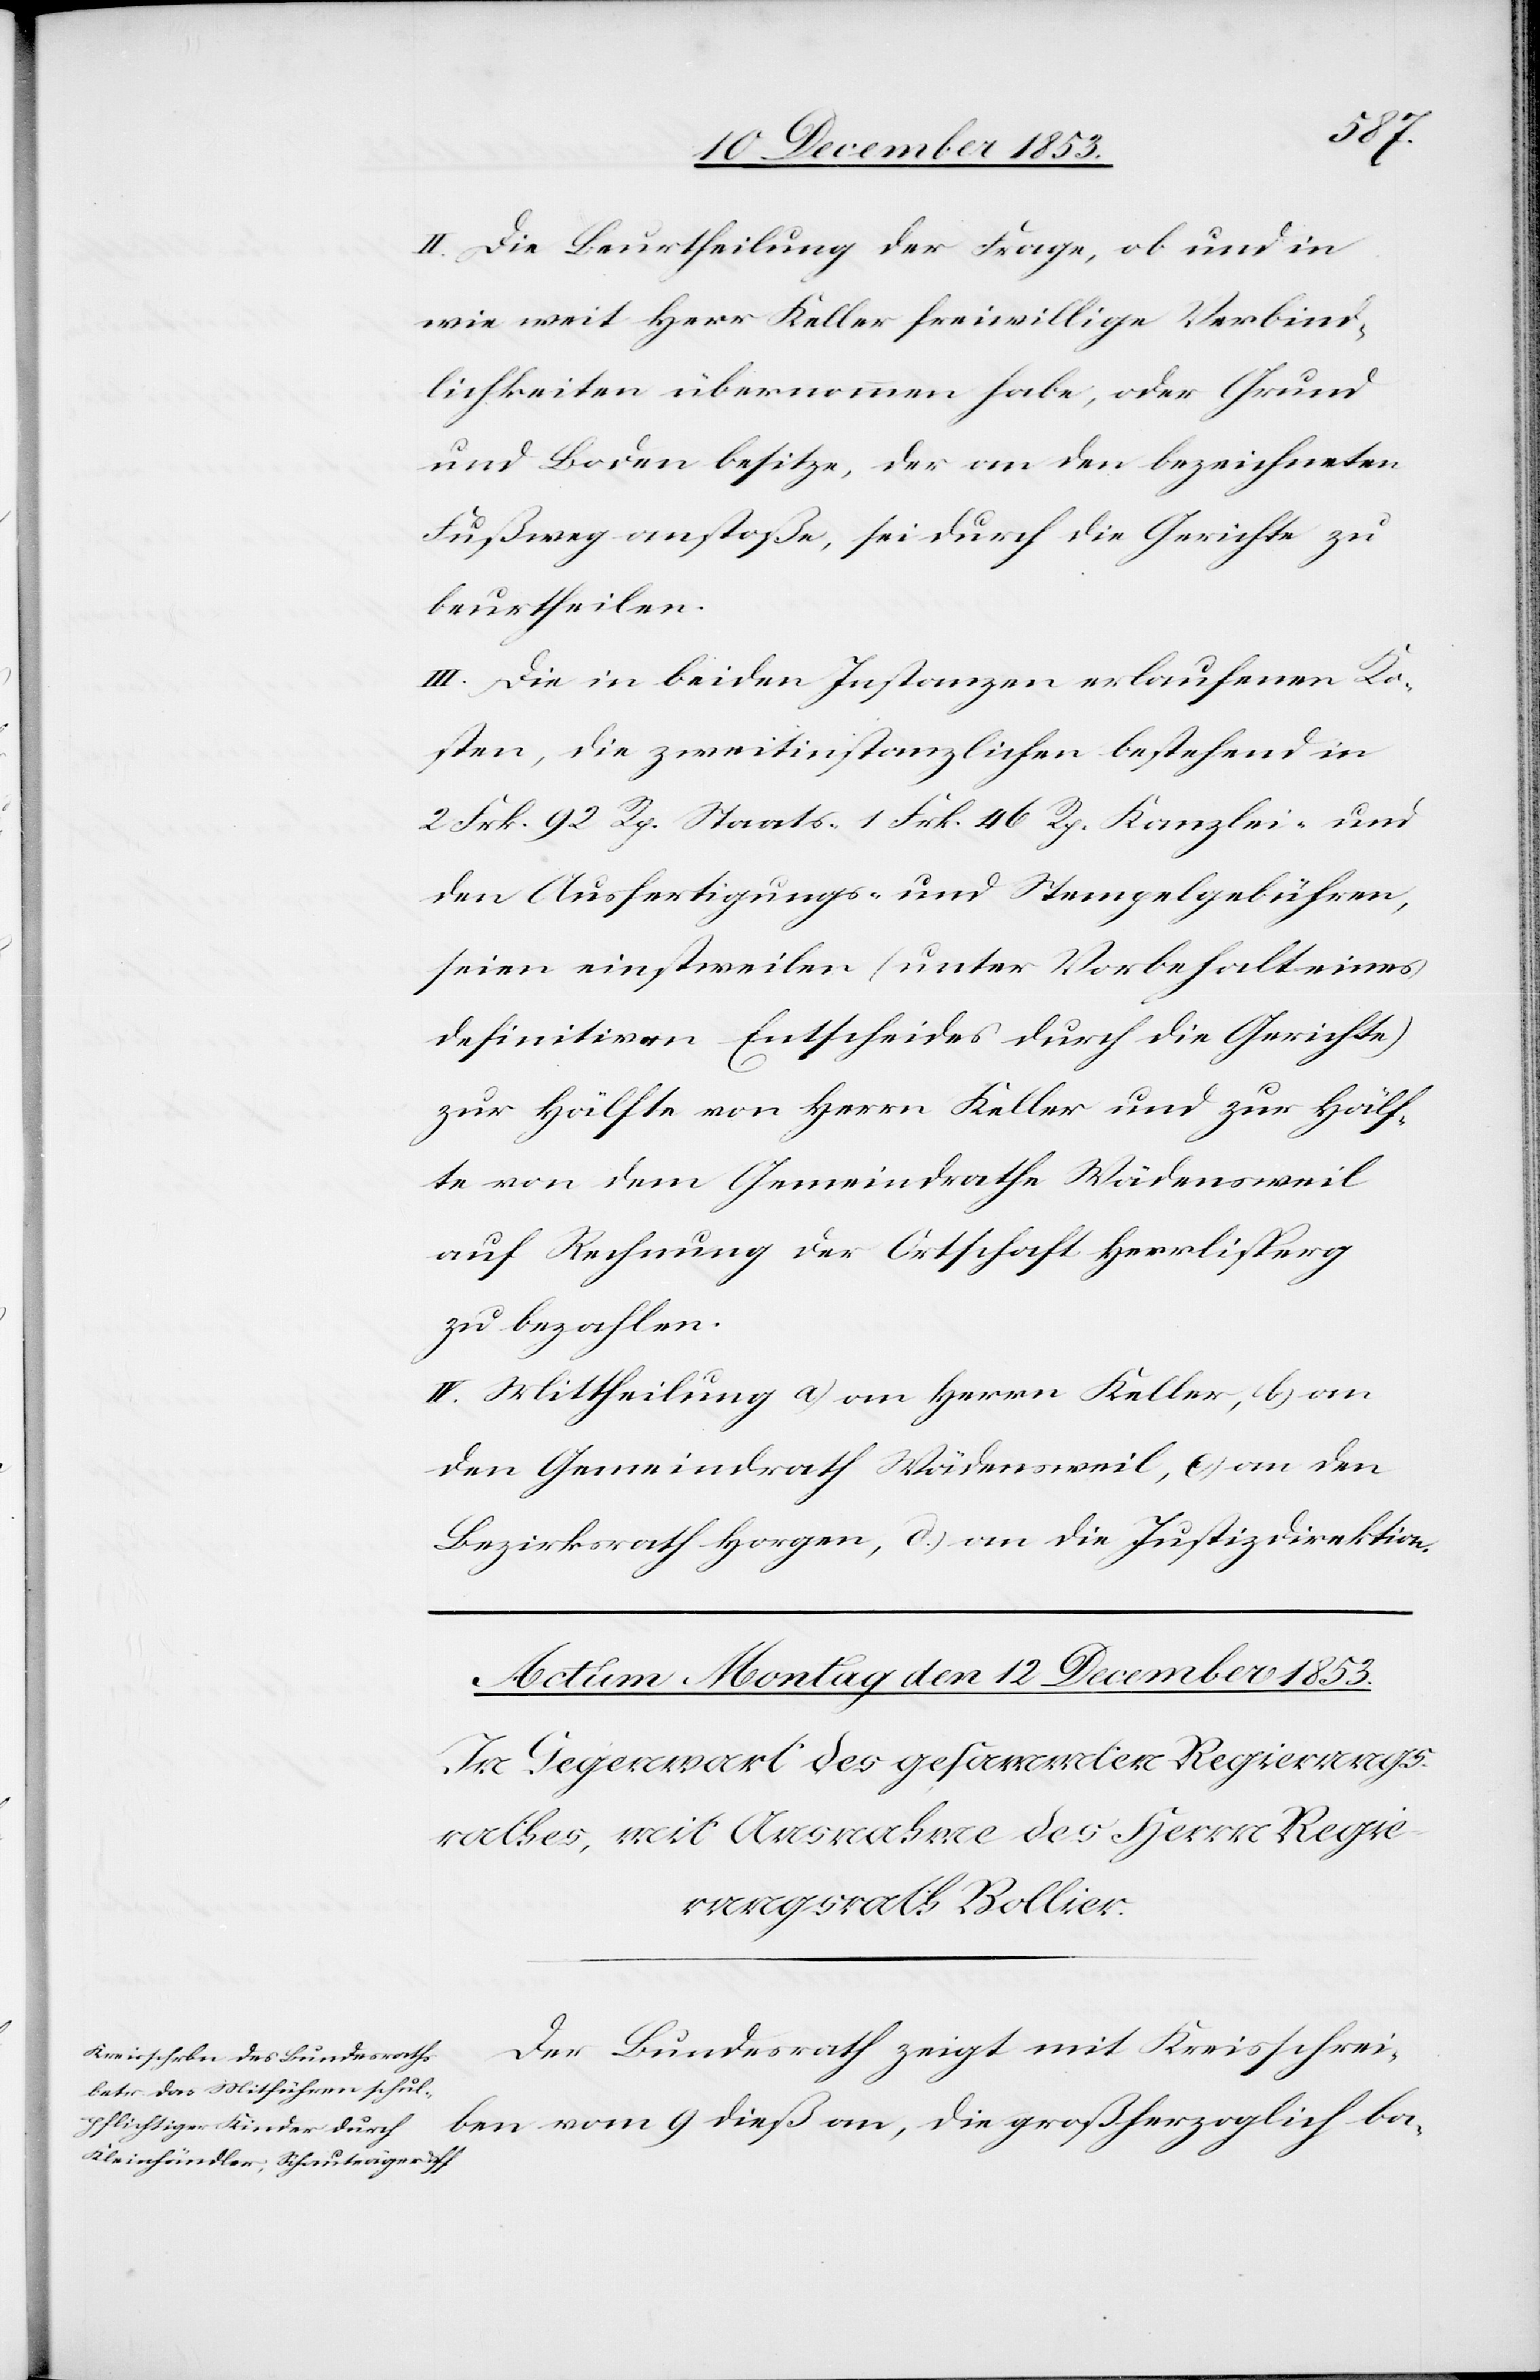
II. Die Beurtheilung der Frage, ob und in
wie weit Herr Keller freiwillige Verbind¬
lichkeiten übernommen habe, oder Grund
und Boden besitze, der an den bezeichneten
Fußweg anstoße, sei durch die Gerichte zu
beurtheilen.
III. Die in beiden Instanzen erlaufenen Ko¬
sten, die zweitinstanzlichen bestehend in
2 Frk. 92 Rp. Staats- 1 Frk. 46 Rp. Kanzlei- und
den Ausfertigungs- u. Stempelgebühren,
seien einstweilen (unter Vorbehalt eines
definitiven Entscheides durch die Gerichte)
zur Hälfte von Herrn Keller und zur Hälf¬
te von dem Gemeindrathe Wädensweil
auf Rechnung der Ortschaft Herrlisperg
zu bezahlen.
IV. Mittheilung a) an Herrn Keller, b) an
den Gemeindrath Wädensweil, c) an den
Bezirksrath Horgen, d) an die Justizdirektion.
Der Bundesrath zeigt mit Kreisschrei¬
ben vom 9 dies an, die großherzoglich ba-